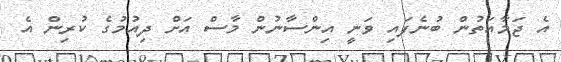
އެ ޖަމާއަތުން ބުނެފައި ވަނީ އިންސާނުން މާސް އަށް ދިއުމުގެ ކުރިން އެ